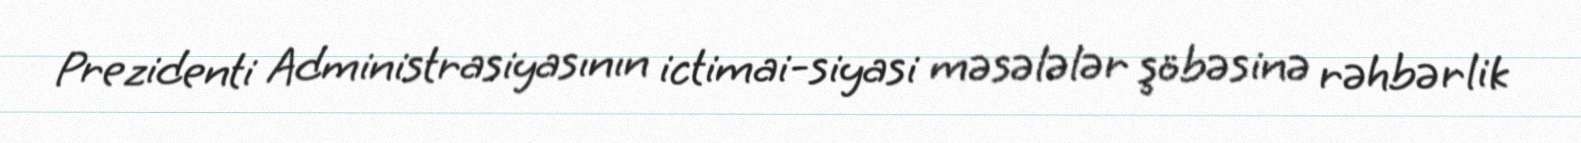
Prezidenti Administrasiyasının ictimai-siyasi məsələlər şöbəsinə rəhbərlik